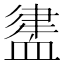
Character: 𧗃